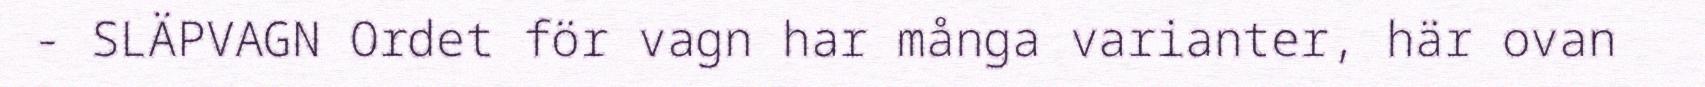
- SLÄPVAGN Ordet för vagn har många varianter, här ovan